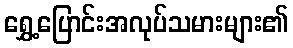
ရွှေ့ပြောင်းအလုပ်သမားများ၏